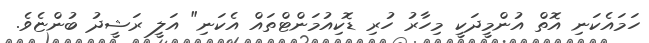
ހަމައެކަނި އޮތް އުންމީދަކީ މިހާރު ހުރި ޑޮކިއުމަންޓްތައް އެކަނި" އަލީ ރަޝީދު ބުންޏެވެ.